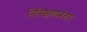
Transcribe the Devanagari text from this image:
निरिक्षणानंतर